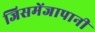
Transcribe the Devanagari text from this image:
जिसमेंजापानी